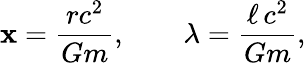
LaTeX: \mathbf{x}=\frac{{rc^{2}}}{{Gm}},\qquad\lambda=\frac{{\ell\, c^{2}}}{{Gm}},